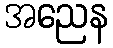
အညေန